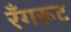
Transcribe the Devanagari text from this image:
रँगरूट